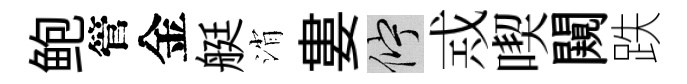
鲍管金艇消婁伫𢦶喫闚跌